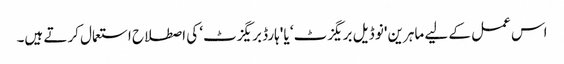
اس عمل کے لیے ماہرین 'نو ڈیل بریگزٹ‘ یا 'ہارڈ بریگزٹ‘ کی اصطلاح استعمال کرتے ہیں۔